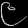
Digit: ၉